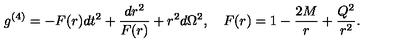
g ^ { ( 4 ) } = - F ( r ) d t ^ { 2 } + \frac { d r ^ { 2 } } { F ( r ) } + r ^ { 2 } d \Omega ^ { 2 } , \quad F ( r ) = 1 - \frac { 2 M } { r } + \frac { { Q } ^ { 2 } } { r ^ { 2 } } .